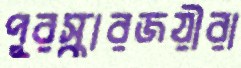
পুরস্কারজয়ীরা